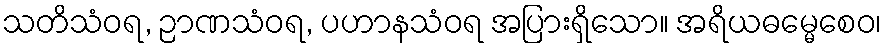
သတိသံဝရ, ဉာဏသံဝရ, ပဟာနသံဝရ အပြားရှိသော။ အရိယဓမ္မေစေဝ၊